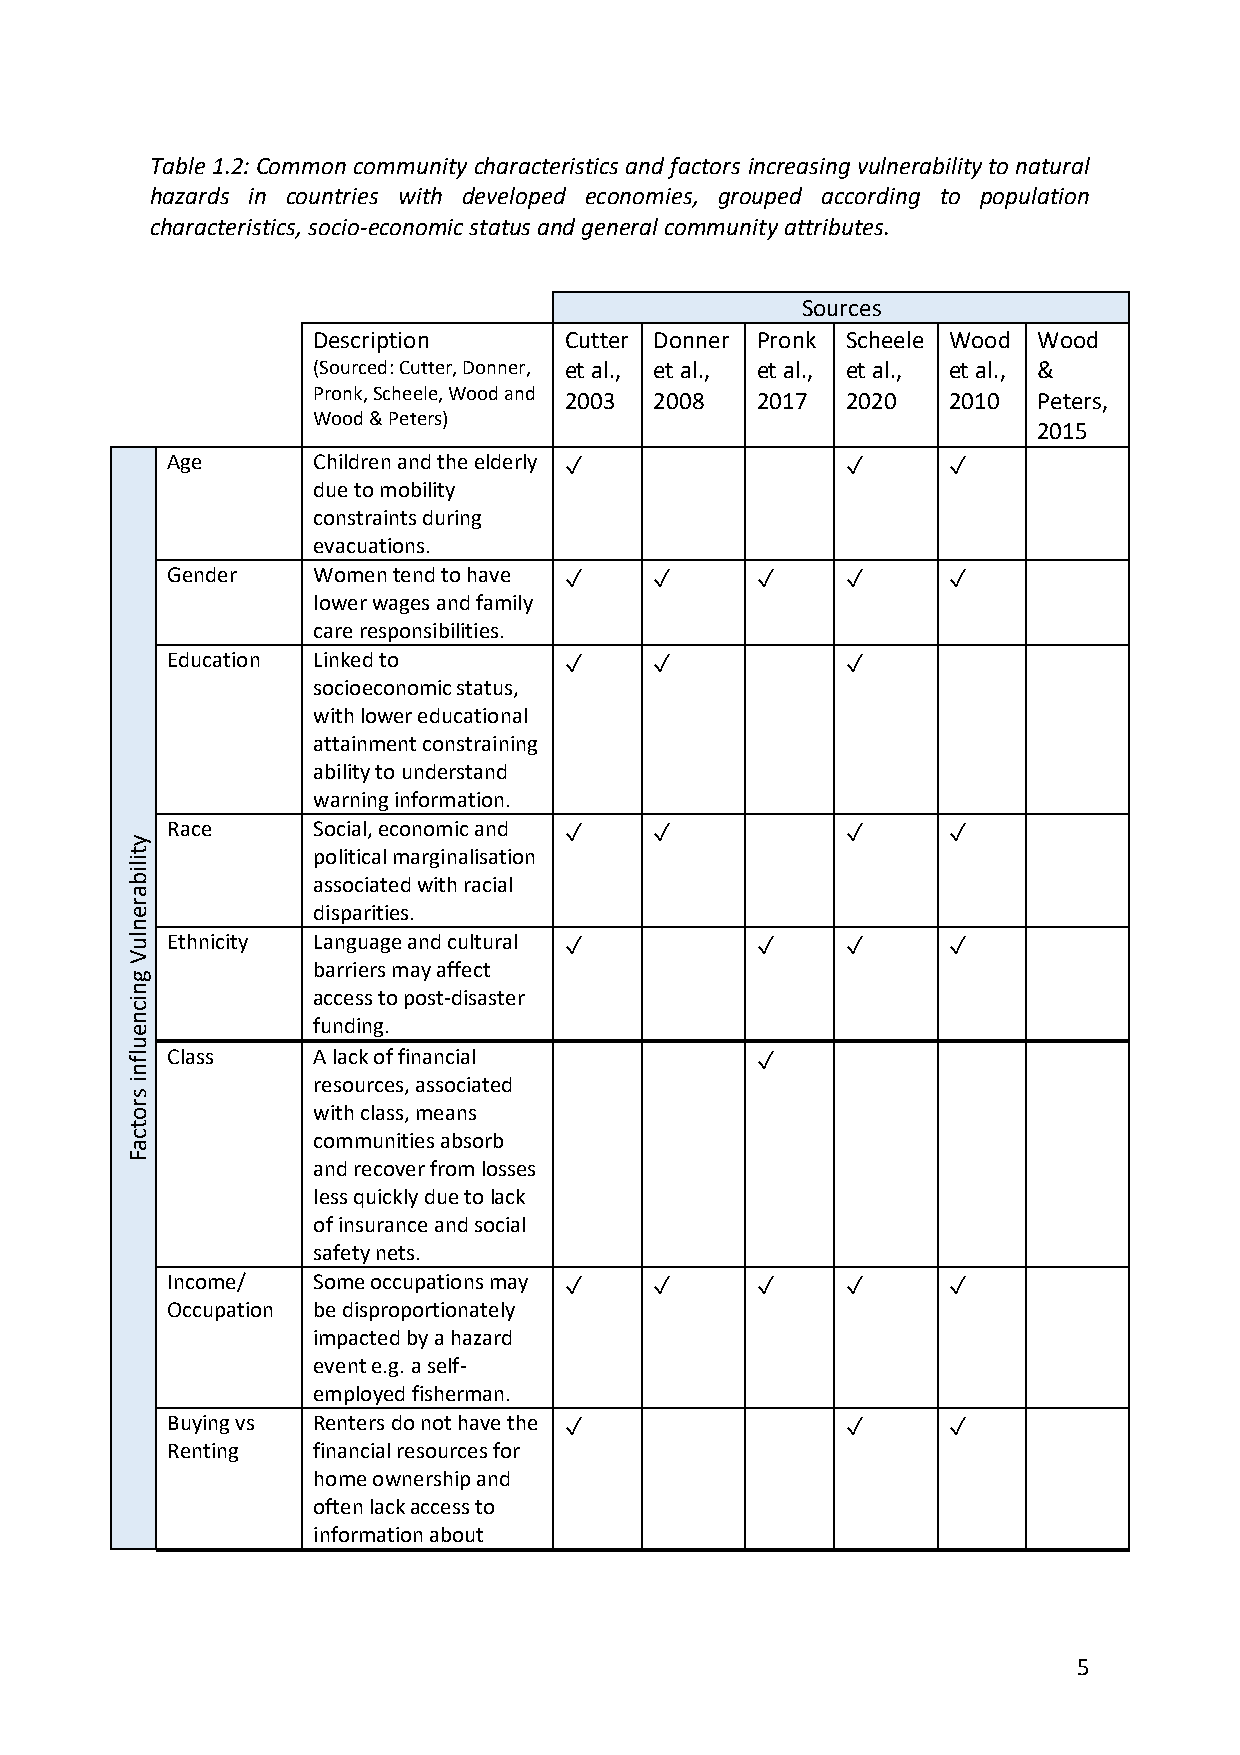
Table 1.2: Common community characteristics and factors increasing vulnerability to natural
 hazards in countries with developed economies, grouped according to population
 characteristics, socio-economic status and general community attributes.
 Sources
 Description     Cutter Donner Pronk Scheele Wood Wood
 (Sourced: Cutter, Donner, et al., et al., et al., et al., et al., &
 Pronk, Scheele, Wood and 2003 2008 2017 2020 2010 Peters,
 Wood & Peters)
 2015
 Age       Children and the elderly ✓         ✓      ✓
 due to mobility
 constraints during
 evacuations.
 Gender    Women tend to have ✓  ✓      ✓     ✓      ✓
 lower wages and family
 care responsibilities.
 Education Linked to       ✓     ✓            ✓
 socioeconomic status,
 with lower educational
 attainment constraining
 ability to understand
 warning information.
 y
 Race      Social, economic and ✓ ✓           ✓      ✓
 t            political marginalisation
 ilib
 associated with racial
 a
 r e          disparities.
 n
 lu Ethnicity Language and cultural ✓      ✓     ✓      ✓
 V
 g
 barriers may affect
 n
 access to post-disaster
 ic
 n            funding.
 e
 u
 lf Class     A lack of financial          ✓
 n
 i
 s
 resources, associated
 r o          with class, means
 t
 c            communities absorb
 a
 F
 and recover from losses
 less quickly due to lack
 of insurance and social
 safety nets.
 Income/   Some occupations may ✓ ✓     ✓     ✓      ✓
 Occupation be disproportionately
 impacted by a hazard
 event e.g. a self-
 employed fisherman.
 Buying vs Renters do not have the ✓          ✓      ✓
 Renting   financial resources for
 home ownership and
 often lack access to
 information about
 5